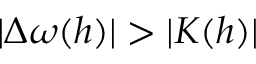
| \Delta \omega ( h ) | > | K ( h ) |